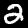
Digit: 2